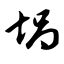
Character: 埚